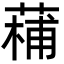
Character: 𮐡